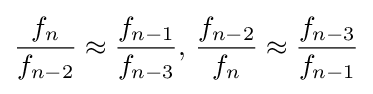
{\frac {f_{n}}{f_{n-2}}}\approx {\frac {f_{n-1}}{f_{n-3}}},\,{\frac {f_{n-2}}{f_{n}}}\approx {\frac {f_{n-3}}{f_{n-1}}}